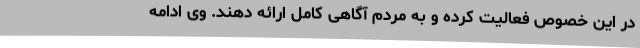
در این خصوص فعالیت کرده و به مردم آگاهی کامل ارائه دهند. وی ادامه